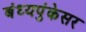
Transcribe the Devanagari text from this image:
बंध्यपुंकेसर